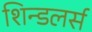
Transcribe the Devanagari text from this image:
शिन्डलर्स